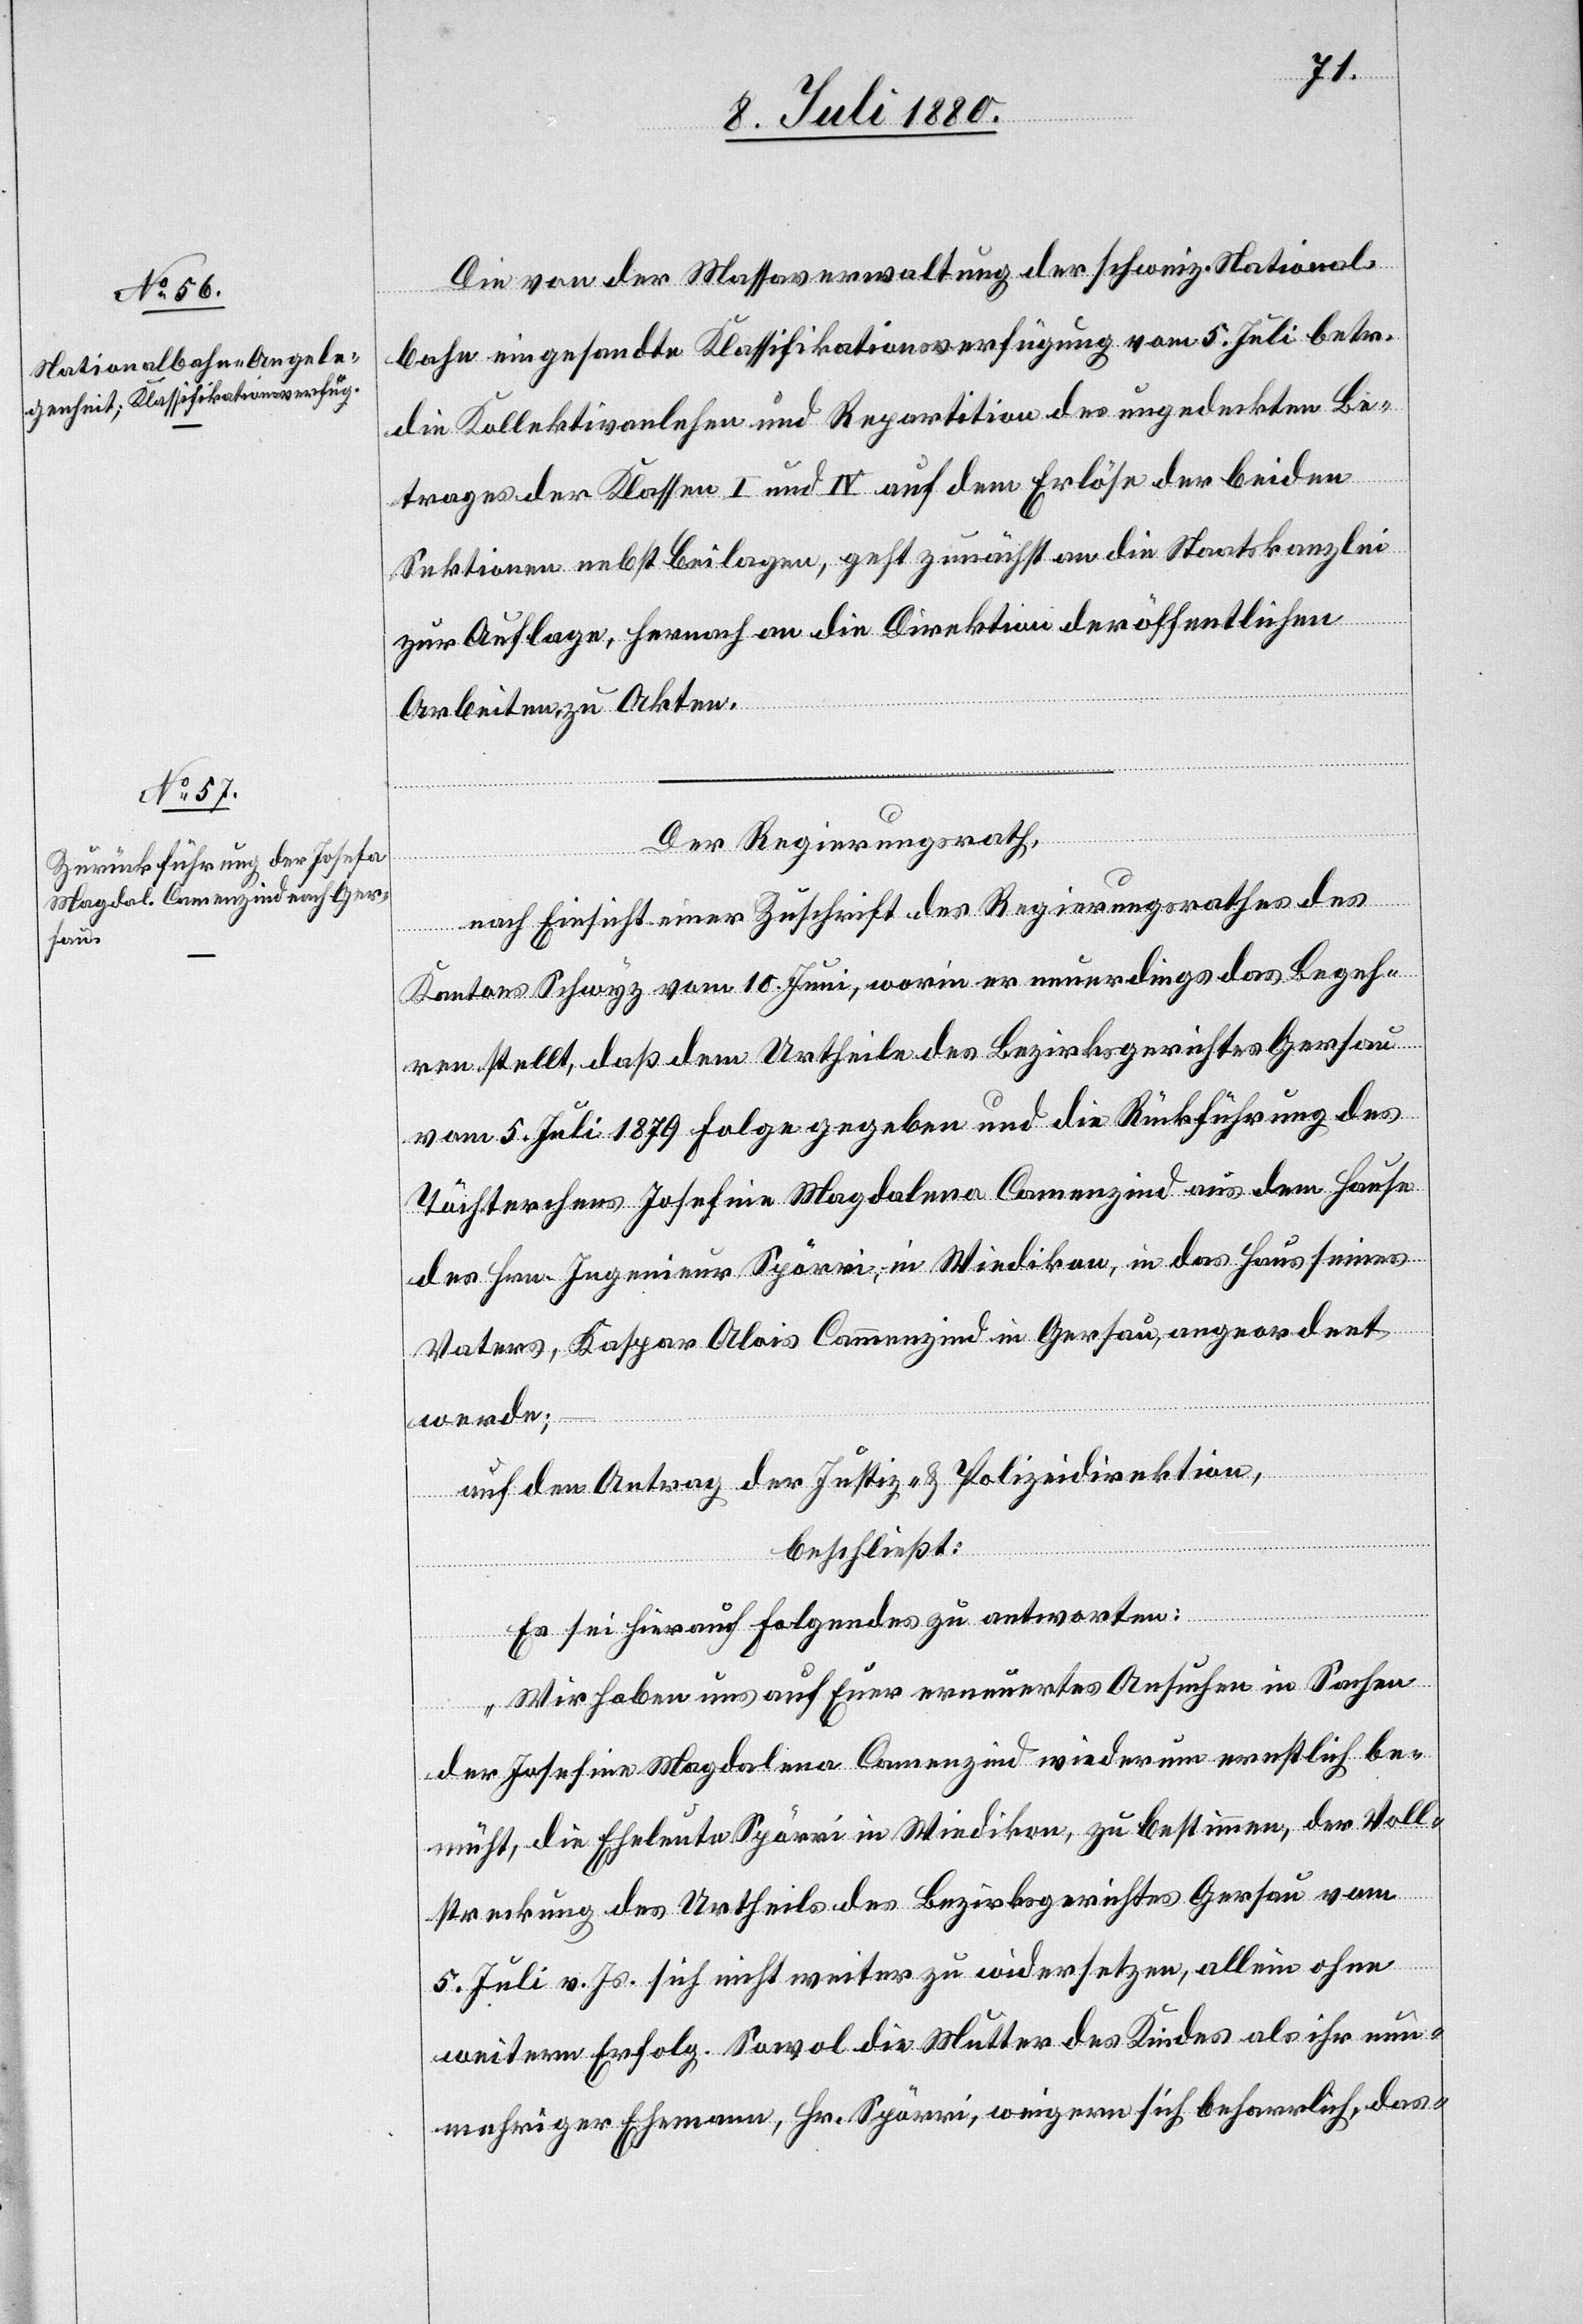
Die von der Massaverwaltung der schweiz. National¬
bahn eingesandte Klassifikationsverfügung vom 5. Juli betr.
die Kollektivanlehen und Repartition des ungedeckten Be¬
trages der Klassen I und IV auf dem Erlöse der beiden
Sektionen nebst Beilagen, geht zunächst an die Staatskanzlei
zur Auflage, hernach an die Direktion der öffentlichen
Arbeiten, zu Akten.
Der Regierungsrath,
nach Einsicht einer Zuschrift des Regierungsrathes des
Kantons Schwyz vom 10. Juni, worin er neuerdings das Begeh¬
ren stellt, daß dem Urtheile des Bezirksgerichtes Gersau
vom 5. Juli 1879 Folge gegeben und die Rückführung des
Töchterchens Josefine [sic!] Magdalena Camenzind aus dem Hause
des Hrn. Ingenieur Spörri, in Wiedikon, in das Haus seines
Vaters, Kaspar Alois Camenzind in Gersau, angeordnet
werde;
auf den Antrag der Justiz- & Polizeidirektion,
beschließt:
Es sei hierauf Folgendes zu antworten:
„Wir haben uns auf Euer erneuertes Ansuchen in Sachen
der Josefine Magdalena Camenzind wiederum ernstlich be¬
müht, die Eheleute Spörri in Wiedikon, zu bestimmen, der Voll¬
streckung des Urtheils des Bezirksgerichtes Gersau vom
5. Juli v. Js. sich nicht weiter zu widersetzen, allein ohne
weitern Erfolg. Sowol die Mutter des Kindes als ihr nun¬
mehriger Ehemann, Hr. Spörri, weigern sich beharrlich, das-